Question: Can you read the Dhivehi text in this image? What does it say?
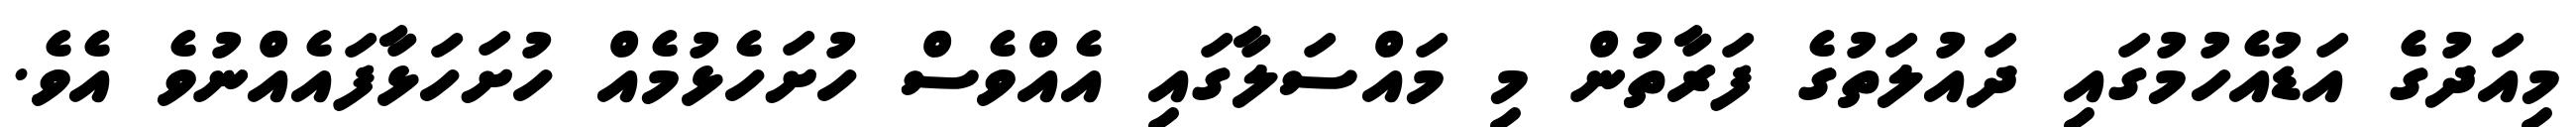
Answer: މިއަދުގެ އަޑުއެހުމުގައި ދައުލަތުގެ ފަރާތުން މި މައްސަލާގައި އެއްވެސް ހުށަހެޅުމެއް ހުށަހަޅާފައެއްނުވެ އެވެ.